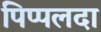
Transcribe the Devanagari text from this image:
पिप्‍पलदा